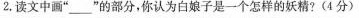
2.读文中画”___”的部分，你认为白娘子是一个怎样的妖精?( 4 分 ）